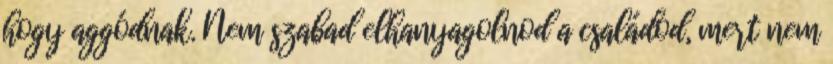
hogy aggódnak. Nem szabad elhanyagolnod a családod, mert nem